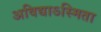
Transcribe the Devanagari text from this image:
अविद्याऽस्मिता